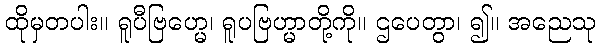
ထိုမှတပါး။ ရူပီဗြဟ္မေ၊ ရူပဗြဟ္မာတို့ကို။ ဌပေတွာ၊ ၍။ အညေသု